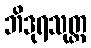
ဘိဒုရသုတ္တ